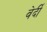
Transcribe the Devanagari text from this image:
वेर्दी